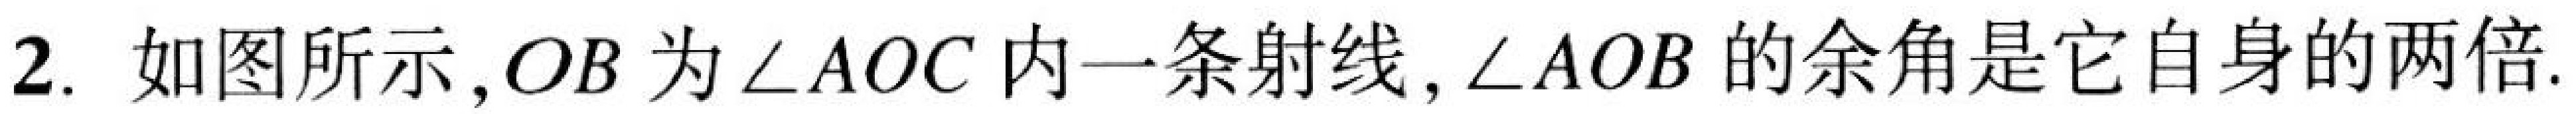
2. 如图所示，\(OB\)为\(\angle AOC\)内一条射线，\(\angle AOB\)的余角是它自身的两倍.